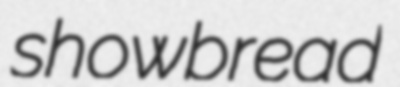
showbread